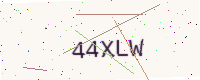
Text: 44XLW